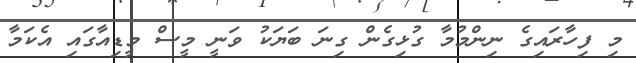
މި ފިހާރައިގެ ނިންމުމާ ގުޅިގެން ގިނަ ބަޔަކު ވަނީ މީސް މީޑިއާގައި އެކަމާ